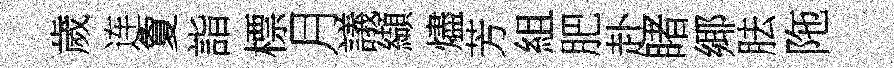
歲连夐詣標月議纈燼芳組肥赴睹鄊胠陁